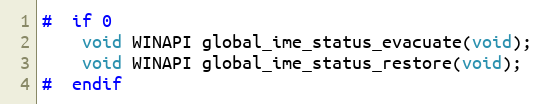
Language: C
#  if 0
    void WINAPI global_ime_status_evacuate(void);
    void WINAPI global_ime_status_restore(void);
#  endif